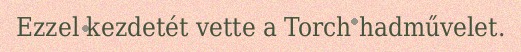
Ezzel kezdetét vette a Torch hadművelet.